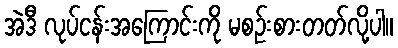
အဲဒီ လုပ်ငန်းအကြောင်းကို မစဉ်းစားတတ်လို့ပါ။